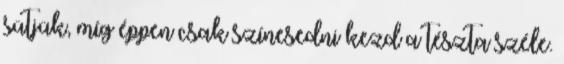
sütjük, míg éppen csak színesedni kezd a tészta széle.